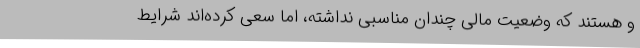
و هستند که وضعیت مالی چندان مناسبی نداشته، اما سعی کرده‌اند شرایط